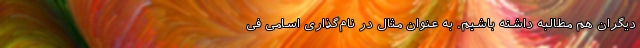
دیگران هم مطالبه داشته باشیم. به عنوان مثال در نام‌گذاری اسامی فی